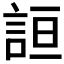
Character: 𰴮